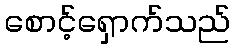
စောင့်ရှောက်သည်